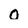
Character: O